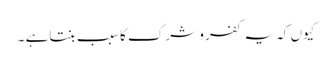
کیوں کہ یہ کفر و شرک کا سبب بنتاہے ۔